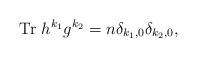
LaTeX: \begin{align*}{\rm Tr}~h^{k_1}g^{k_2}=n\delta_{k_1,0}\delta_{k_2,0},\end{align*}